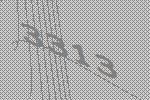
3313